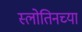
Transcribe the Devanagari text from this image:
स्लोतिनच्या